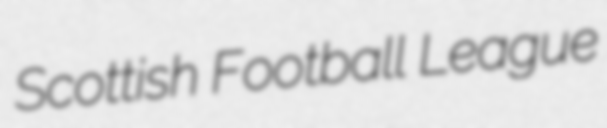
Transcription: Scottish Football League